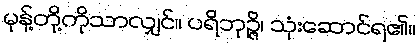
မုန့်တို့ကိုသာလျှင်။ ပရိဘုဉ္ဇိ၊ သုံးဆောင်ရ၏။